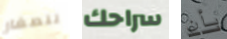
للصغار سراحك بأن